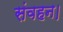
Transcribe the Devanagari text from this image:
संवहन।